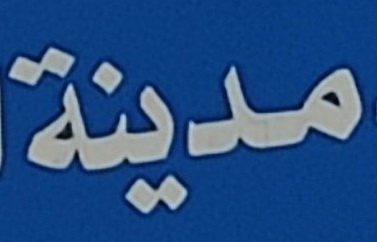
مدينة